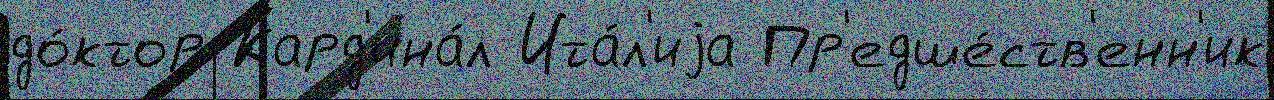
до́ктор Кард'ина́л Ита́л'иjа Пр'едше́ств'енн'ик